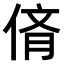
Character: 𠉸